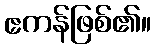
ဧကန်ဖြစ်၏။